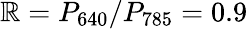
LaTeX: \mathbb{R}=P_{640}/P_{785}=0.9